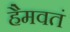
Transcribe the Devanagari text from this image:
हैमवतं